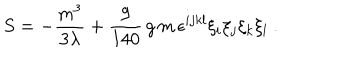
LaTeX: S = - \frac { m ^ { 3 } } { 3 \lambda } + \frac { 9 } { 1 4 0 } \, g \, m \, \epsilon ^ { i j k l } \xi _ { i } \xi _ { j } \xi _ { k } \xi _ { l } \ .